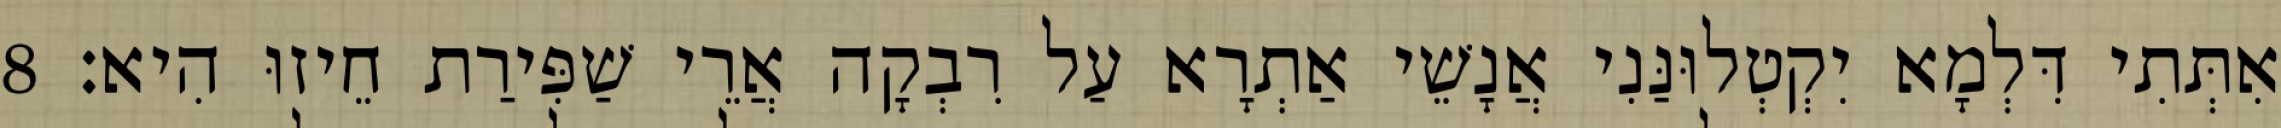
אִתְּתִי דִּלְמָא יִקְטְלוּנַּנִי אֲנָשֵׁי אַתְרָא עַל רִבְקָה אֲרֵי שַׁפִּירַת חֵיזוּ הִיא׃ 8